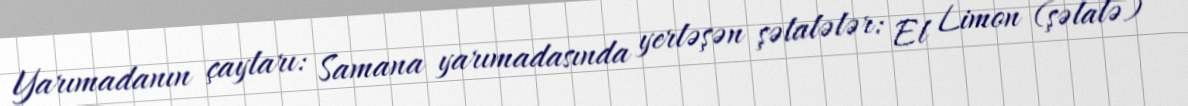
Yarımadanın çayları: Samana yarımadasında yerləşən şəlalələr: El Limon (şəlalə)